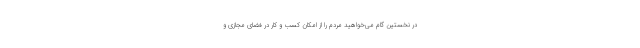
در نخستین گام می‌خواهید مردم را از امکان کسب و کار در فضای مجازی و